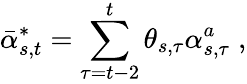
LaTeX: \bar{\alpha}_{s,t}^{*}=\sum_{\tau=t-2}^{t}\theta_{s,\tau}\alpha_{s,\tau}^{a}\; ,